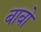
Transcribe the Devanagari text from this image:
बाबो